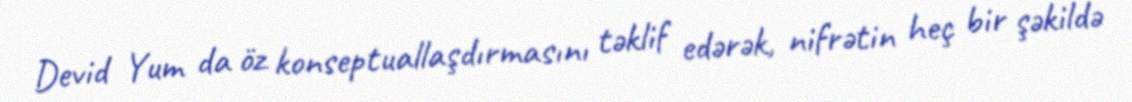
Devid Yum da öz konseptuallaşdırmasını təklif edərək, nifrətin heç bir şəkildə